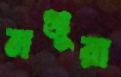
মঞ্জুরা